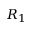
R _ { 1 }